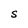
Character: S